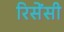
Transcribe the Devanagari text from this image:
रिसेंसी